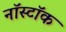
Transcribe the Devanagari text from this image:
नॉस्टॉक